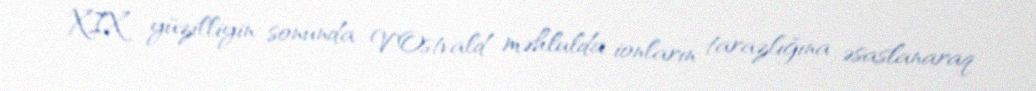
XIX yüzilliyin sonunda V.Ostvald məhlulda ionların tarazlığına əsaslanaraq